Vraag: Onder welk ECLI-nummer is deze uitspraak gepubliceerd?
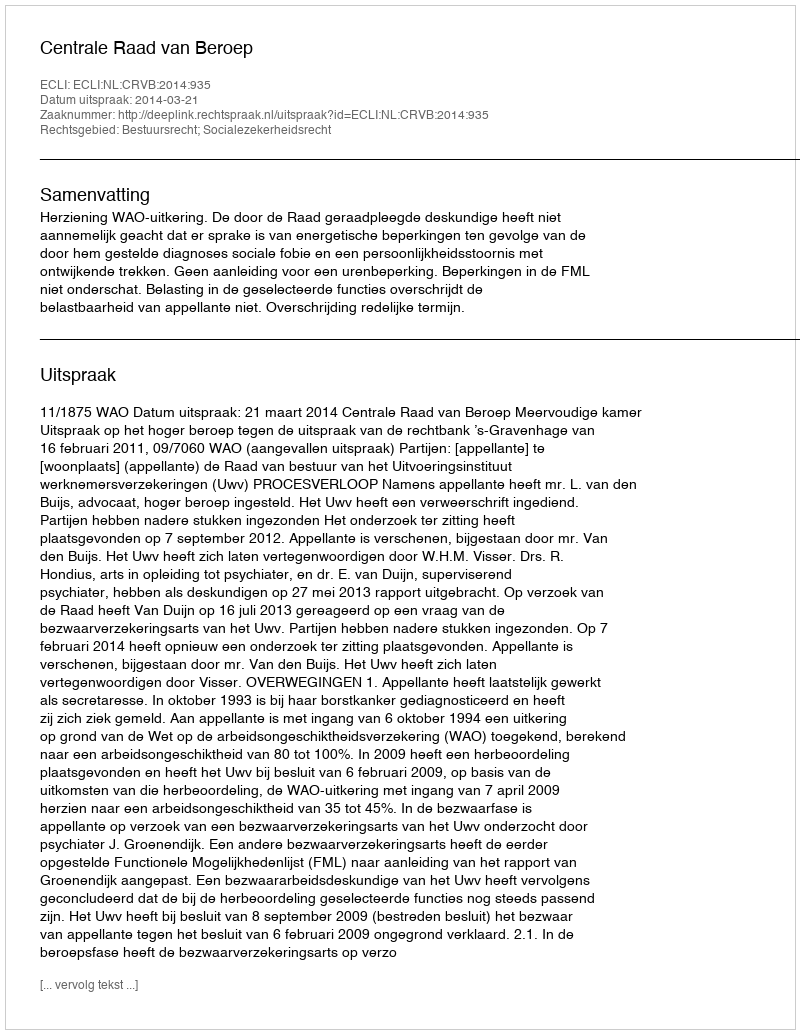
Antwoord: ECLI:NL:CRVB:2014:935